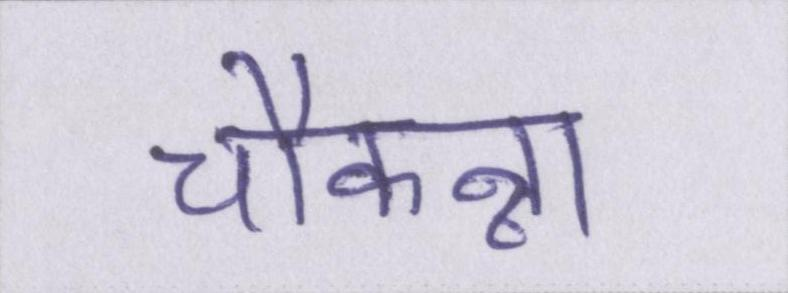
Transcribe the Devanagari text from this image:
चौकन्ना